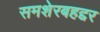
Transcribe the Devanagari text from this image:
समशेरबहद्दर